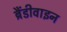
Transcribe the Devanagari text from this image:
ब्रैंडीवाइन